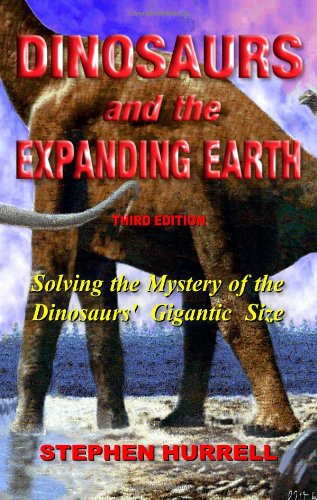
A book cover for Dinosaurs and the Expanding Earth; Stephen Hurrell; Science & Math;